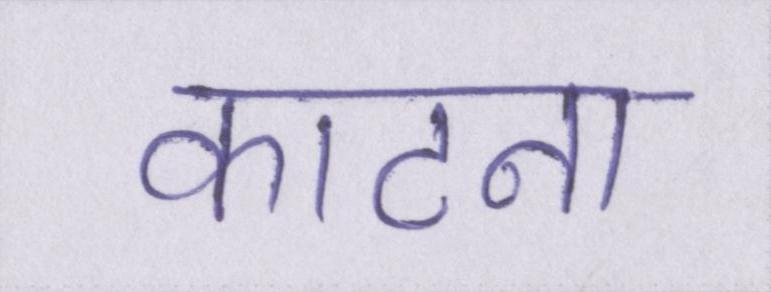
काटना